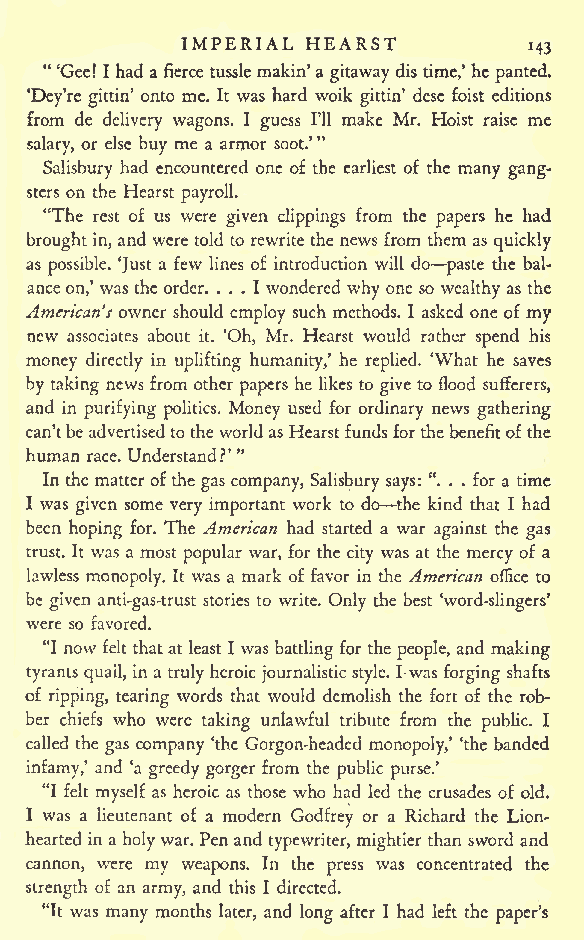
IMPERIAL HEARST
 143
 " 'Gee! I had a fierce tussle makin'a gitaway dis time,' he panted.
 'Dey're gittin' onto me. It was hard woik gittin' dese foist editions
 from de delivery wagons. I guess I'll make Mr. Hoist raise me
 salary, or else buy me a armor soot.'"
 Salisbury had encountered one of the earliest of the many gang-
 sters on the Hearst payroll.
 "The rest of us were given clippings from the papers he had
 broughtin, and were told torewrite the news from them as quickly
 as possible. 'Just a few lines of introduction will do paste the bal-
 ance on,' was the order. ... I wondered why one so wealthy as the
 American's owner should employ such methods. I asked one of my
 new associates about it. 'Oh, Mr. Hearst would rather spend his
 money directly in uplifting humanity,' he replied. 'What he saves
 by taking news from other papers he likes to give to flood sufferers,
 and in purifying politics. Money used for ordinary news gathering
 can'tbeadvertisedtothe worldasHearst fundsfor the benefitofthe
 human race. Understand?'"
 In the matter of thegas company, Salisbury says: ". . . for a time
 I was given some very important work to do the kind that I had
 been hoping for. The American had started a war against the gas
 trust. It was a most popular war, for the city was at the mercy of a
 lawless monopoly. It was a mark of favor in the American office to
 be given anti-gas-trust stories to write. Only the best 'word-slingers'
 were so favored.
 "I now felt thatat least I was battling for the people, and making
 tyrants quail, in a truly heroic journalistic style. I was forging shafts
 of ripping, tearing words that would demolish the fort of the rob-
 ber chiefs who were taking unlawful tribute from the public. I
 called the gas company 'the Gorgon-headed monopoly,' 'the banded
 infamy,' and 'a greedy gorger from the public purse.'
 "I felt myself as heroic as those who had led the crusades of old.
 I was a lieutenant of a modern Godfrey or a Richard the Lion-
 hearted in a holywar. Pen and typewriter, mightier than sword and
 cannon, were my weapons. In the press was concentrated the
 strength of an army, and this I directed.
 "It was many months later, and long after I had left the paper's